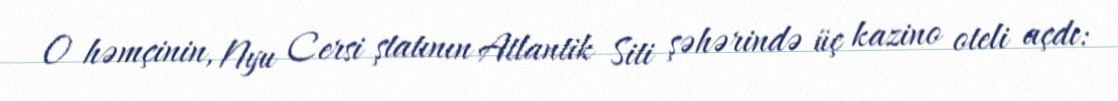
O həmçinin, Nyu Cersi ştatının Atlantik Siti şəhərində üç kazino oteli açdı: